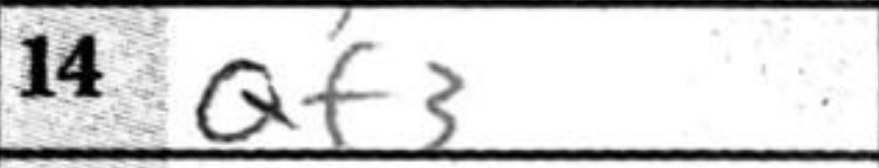
Transcription: Qf3